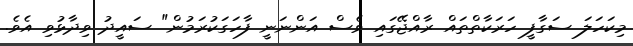
މިކަހަލަ ސަގާފީ ހަރަކާތްތައް ރާއްޖޭގައި ވެސް އަންނަނީ ފާހަގަކުރަމުން" ސައީދު ވިދާޅުވި އެވެ.